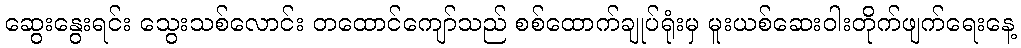
ဆွေးနွေးရင်း သွေးသစ်လောင်း တထောင်ကျော်သည် စစ်ထောက်ချုပ်ရုံးမှ မူးယစ်ဆေးဝါးတိုက်ဖျက်ရေးနေ့